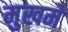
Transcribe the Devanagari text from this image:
मुखमें